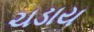
ચડાય